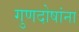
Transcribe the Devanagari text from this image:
गुणदोषांना